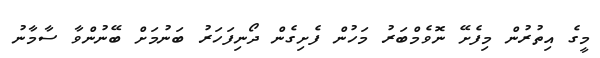
މީގެ އިތުރުން މިފެށޭ ނޮވެމްބަރު މަހުން ފެށިގެން ދޯނިފަހަރު ބަނުމަށް ބޭނުންވާ ސާމާނު